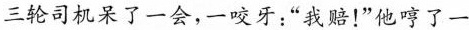
三轮司机呆了一会，一咬牙:“我赔!”他哼了一